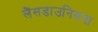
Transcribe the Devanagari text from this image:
लैंसडाउनियना